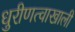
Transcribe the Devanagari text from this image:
धुरीणत्वाखाली